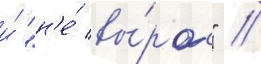
и́ "н'е́ вы́рос" //